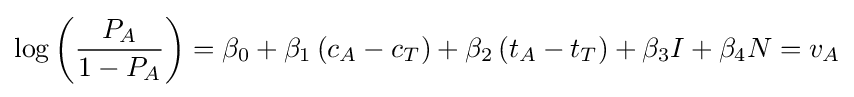
\log \left({\frac {P_{A}}{1-P_{A}}}\right)=\beta _{0}+\beta _{1}\left(c_{A}-c_{T}\right)+\beta _{2}\left(t_{A}-t_{T}\right)+\beta _{3}I+\beta _{4}N=v_{A}